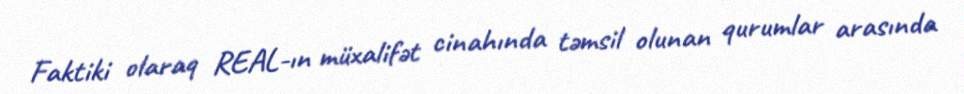
Faktiki olaraq REAL-ın müxalifət cinahında təmsil olunan qurumlar arasında